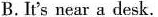
B.It's near a desk.